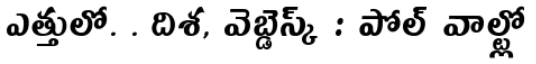
ఎత్తులో. . దిశ, వెబ్డెస్క్ : పోల్ వాల్ట్లో